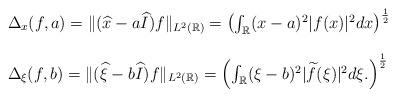
LaTeX: \begin{align*}\begin{array}{l}\Delta_x (f,a)= \|(\widehat{x} -a \widehat{I}) f \|_{L^2 (\mathbb{R})} = \left(\int_{\mathbb{R}} (x-a)^2 | f (x)|^2 dx \right)^{\frac{1}{2}}\\\\\Delta_{\xi} (f,b)= \|(\widehat{\xi} -b \widehat{I}) f \|_{L^2 (\mathbb{R})} = \left(\int_{\mathbb{R}} (\xi-b)^2 | \widetilde{f} (\xi)|^2 d \xi . \right)^{\frac{1}{2}}\end{array}\end{align*}